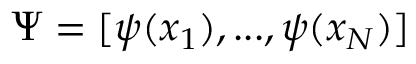
\Psi = [ \psi ( x _ { 1 } ) , . . . , \psi ( x _ { N } ) ]